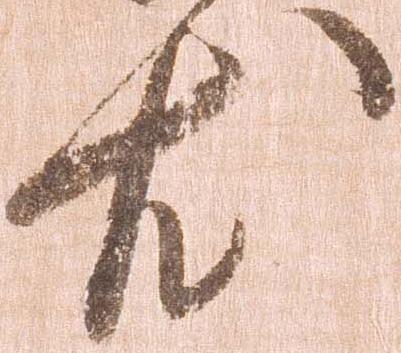
尤